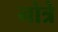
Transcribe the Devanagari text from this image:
नोत्रे